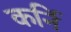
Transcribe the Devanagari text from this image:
कर्नि